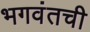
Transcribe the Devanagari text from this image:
भगवंतची